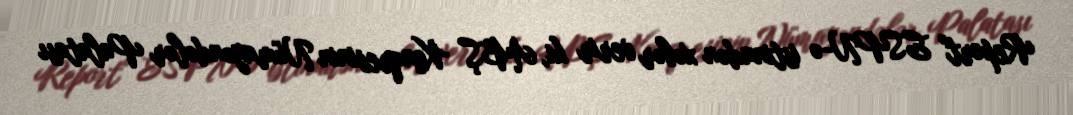
Report" ESPN-ə istinadən xəbər verir ki, ABŞ Konqresinin Nümayəndələr Palatası